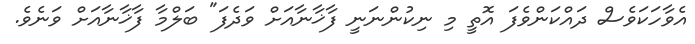
އެވާހަކަވެސް ދައްކަންވެފަ އޮތީ މި ނިކުންނަނީ ފާޚާނާއަށް ވަދެފަ" ބަލްމާ ފާޚާނާއަށް ވަނެވެ.